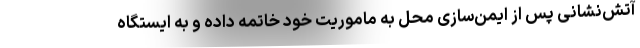
آتش‌نشانی پس از ایمن‌سازی محل به ماموریت خود خاتمه داده و به ایستگاه